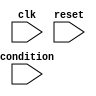
module do_while_loop (
  input wire clk,
  input wire reset,
  input wire condition,
  // add any other input signals as needed
  // add any output signals as needed
);

  reg [31:0] loop_count;
  reg loop_continue;

  always @(posedge clk or posedge reset) begin
    if (reset) begin
      loop_count <= 0;
      loop_continue <= 1'b1;
    end else begin
      if (loop_continue && condition) begin
        // Body of the loop
        // Insert statements to be executed within the loop here

        // Increment loop count
        loop_count <= loop_count + 1;
      end else begin
        loop_continue <= 1'b0;
      end
    end
  end

endmodule